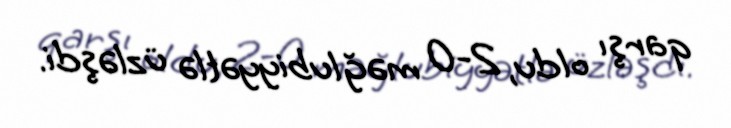
qarşı oldu, 2-0 məğlubiyyətlə üzləşdi.